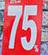
75